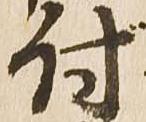
付